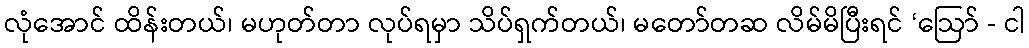
လုံအောင် ထိန်းတယ်၊ မဟုတ်တာ လုပ်ရမှာ သိပ်ရှက်တယ်၊ မတော်တဆ လိမ်မိပြီးရင် ‘ဩော် - ငါ